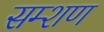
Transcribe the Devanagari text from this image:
सम्शण